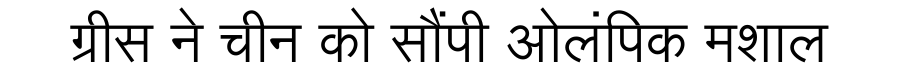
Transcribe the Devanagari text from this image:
ग्रीस ने चीन को सौंपी ओलंपिक मशाल